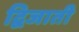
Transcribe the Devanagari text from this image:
द्विजाती